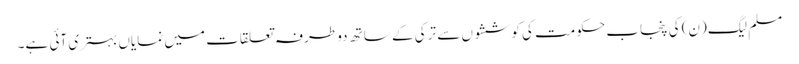
مسلم لیگ(ن) کی پنجاب حکومت کی کوششوں سے ترکی کے ساتھ دو طرفہ تعلقات میں نمایاں بہتری آئی ہے۔